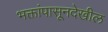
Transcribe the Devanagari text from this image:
भक्तांपासूनदेखील